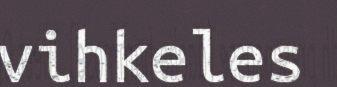
vihkeles